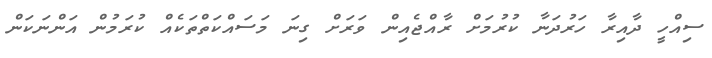
ސިއްހީ ދާއިރާ ހަރުދަނާ ކުރުމަށް ރާއްޖެއިން ވަރަށް ގިނަ މަސައްކަތްތަކެއް ކުރަމުން އަންނަކަން